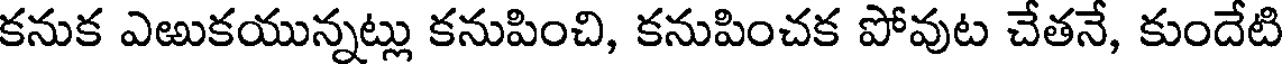
కనుక ఎఱుకయున్నట్లు కనుపించి, కనుపించక పోవుట చేతనే, కుందేటి